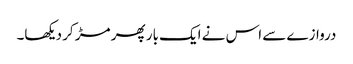
دروازے سے اس نے ایک بار پھر مڑ کر دیکھا۔